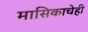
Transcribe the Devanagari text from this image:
मासिकाचेही